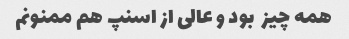
همه چیز  بود و عالی از اسنپ هم ممنونم